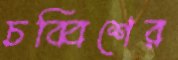
চব্বিশের